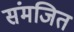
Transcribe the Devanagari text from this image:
संमजित